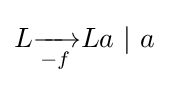
L{\xrightarrow[{-f}]{}}La~|~a